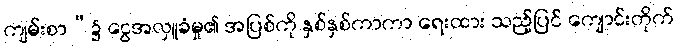
ကျမ်းစာ”၌ ငွေအလှူခံမှု၏ အပြစ်ကို နှစ်နှစ်ကာကာ ရေးထား သည့်ပြင် ကျောင်းတိုက်